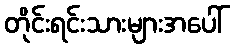
တိုင်းရင်းသားများအပေါ်